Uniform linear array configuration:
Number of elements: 12
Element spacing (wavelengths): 0.75
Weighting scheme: hann
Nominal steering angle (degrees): -15
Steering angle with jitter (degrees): -13.339
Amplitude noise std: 0.05
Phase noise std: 0.05

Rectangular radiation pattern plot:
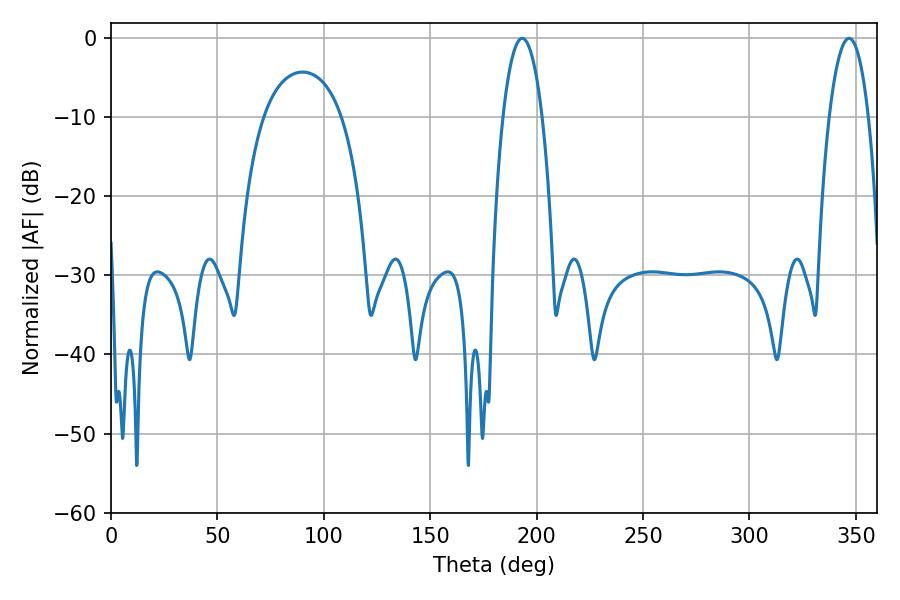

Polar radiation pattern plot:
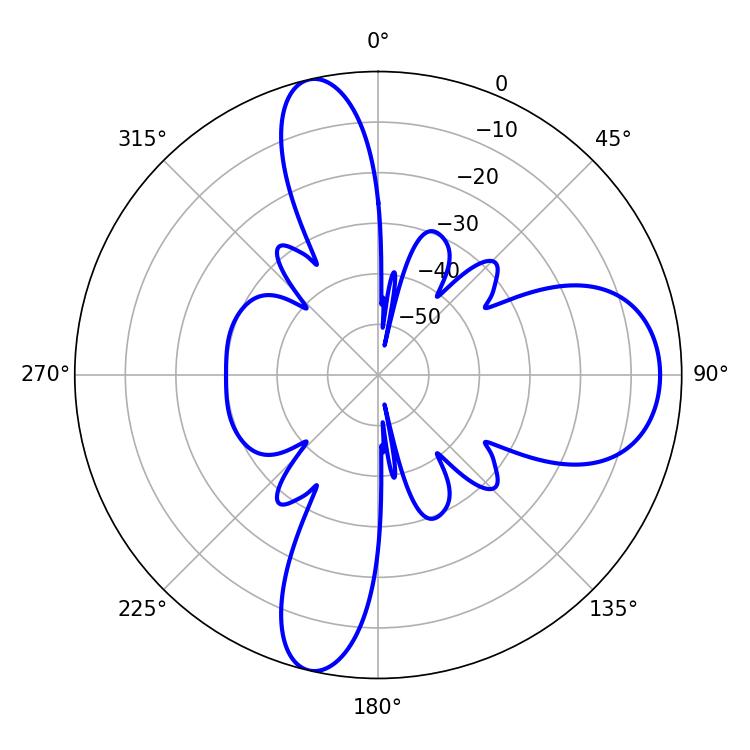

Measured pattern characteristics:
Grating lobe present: TRUE
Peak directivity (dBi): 13.345
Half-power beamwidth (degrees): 10.26
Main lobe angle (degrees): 193.14